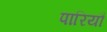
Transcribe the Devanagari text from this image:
पारियौ